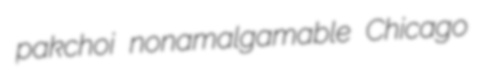
pakchoi nonamalgamable Chicago